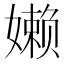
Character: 𰌙